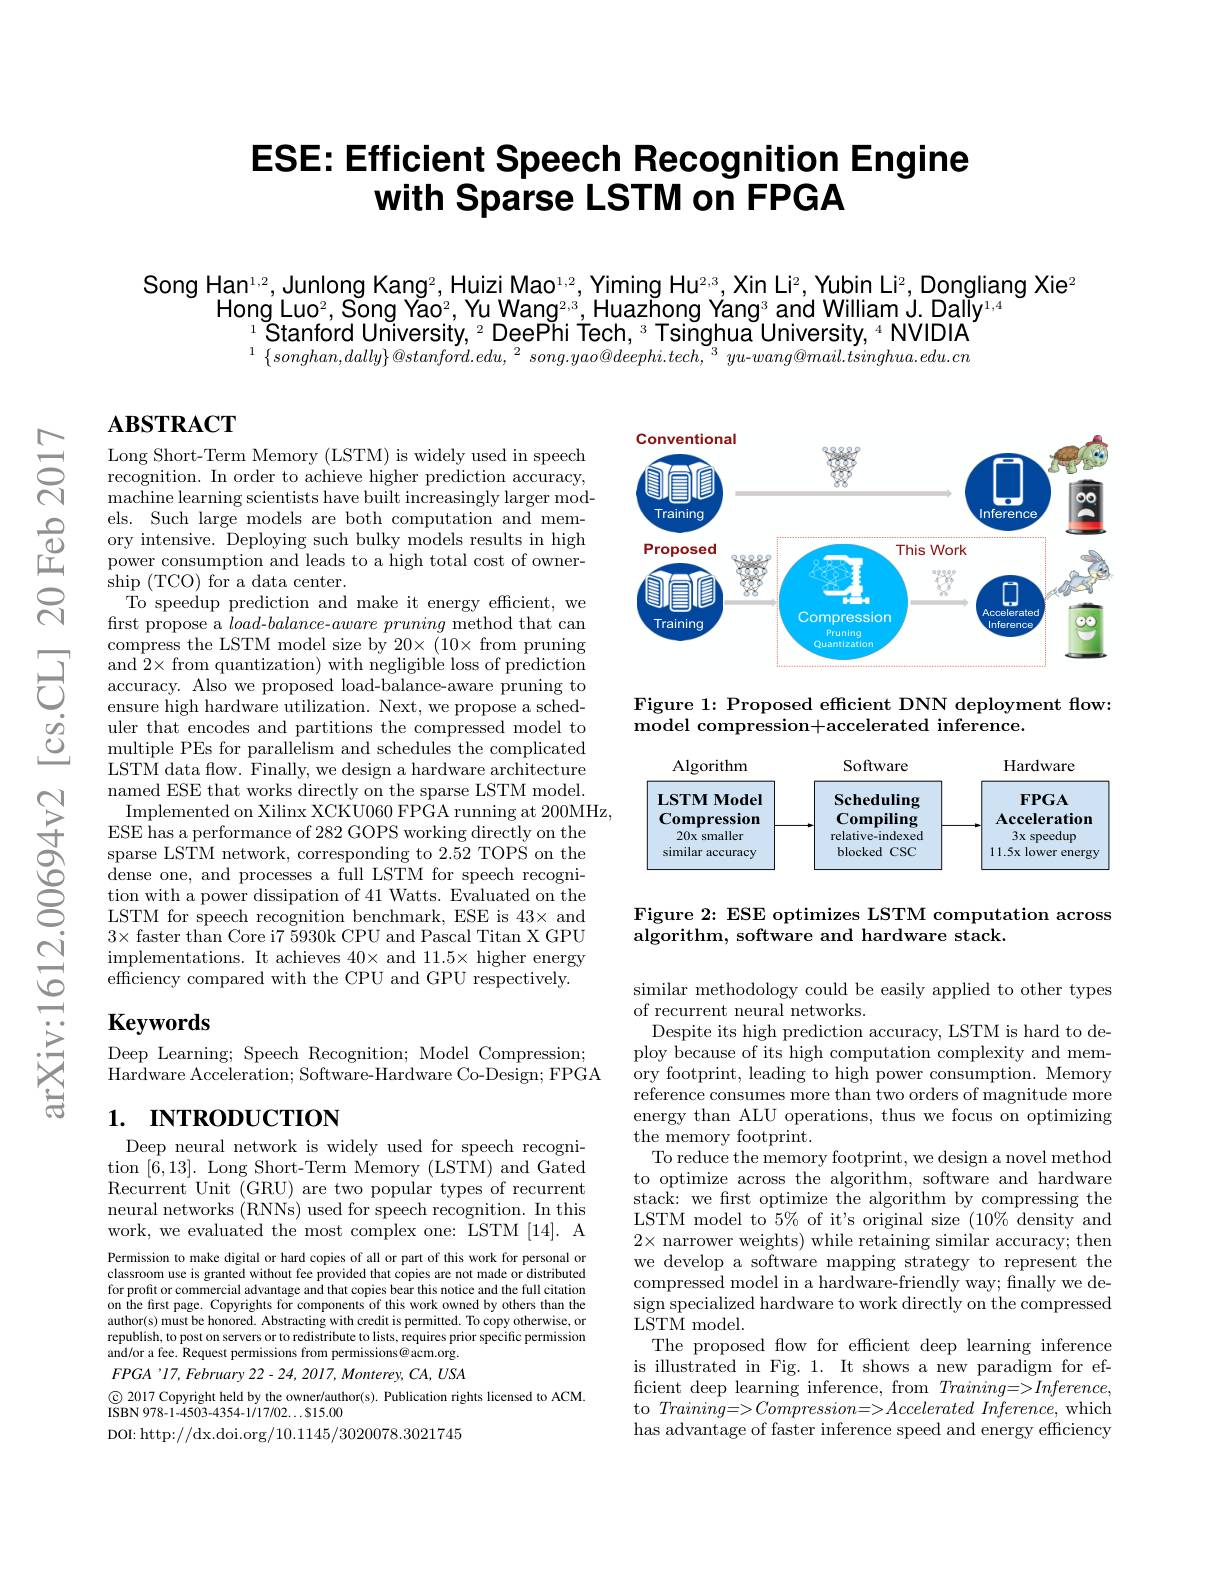
# ESE: Efficient Speech Recognition Engine with Sparse LSTM on FPGA

Song Han$^1,2$,Junlong Kang$^2$,Huizi Mao$^1,2$,Yiming Hu$^{2,3}$,Xin Li$^2$,Yubin Li$^2$, Dongliang Xie$^2$
Hong Lu$o^2$, Song Ya$o^2$, Yu Wan$g^{2, 3}$, Huazhong Yan$g^3$ and William J. Dall$y^{1, 4}$
$^{1}$Stanford University, $^2$ DeePhi Tech, $^3$ Tsinghua University, $^4$ NVIDIA $^{1}\left\{songhan,dally\right\}@stanford.edu,^{2}song.yao@deephi.tech,^{3}yu-wang@mail.tsinghua.edu.cn$

# $\mathbf{ABSTRACT}$

<FigureHere>

Figure 1: Proposed effcient DNN deployment flow:
${\mathrm{model~compression+accelerated~inference.}}$

Long Short-Term Memory (LSTM) is widely used in speech recognition. In order to achieve higher prediction accuracy, machine learning scientists have built increasingly larger models. Such large models are both computation and memory intensive. Deploying such bulky models results in high power consumption and leads to a high total cost of owner- $\operatorname*{ship}($TCO) for a data center.
To speedup prediction and make it energy efficient, we first propose a $load-balance$-$aware\textit{ pruning method that can}$
$\begin{array}{lll}&\text{compress the LSTM model size by 20(10 from pruning}\\&\text{and 2 from quantization) with negligible loss of prediction}\\&\text{accuracy. Also we proposed load-balance-aware pruning to}\\&\text{ensure high hardware utilization. Next, we propose a sched-}\end{array}$
uler that encodes and partitions the compressed model to multiple PEs for parallelism and schedules the complicated $\hat{\text{LSTM data flow. Finally, we design a hardware architecture}}$ named ESE that works directly on the sparse LSTM model. Implemented on Xilinx XCKU060 FPGA running at 200MHz,
ESE has a performance of 282 GOPS working directly on the sparse LSTM network, corresponding to 2.52 TOPS on the dense one, and processes a full LSTM for speech recognition with a power dissipation of 41 Watts. Evaluated on the LSTM for speech recognition benchmark, ESE is 43× and $3\times$faster than Core i75930k CPU and Pascal Titan X GPU implementations. It achieves $40\times$ and 11.5× higher energy efficiency compared with the CPU and GPU respectively.

<FigureHere>

Figure 2: ESE optimizes LSTM computation across
algorithm, software and hardware stack.

# $\mathbf{Keywords}$

Deep Learning; Speech Recognition; Model Compression; Hardware Acceleration; Software- Hardware Co-Design; FPGA

## 1. INTRODUCTION

Deep neural network is widely used for speech recognition $[\bar{6},13].$ Long Short-Term Memory (LSTM) and Gated Recurrent Unit (GRU) are two popular types of recurrent neural networks (RNNs) used for speech recognition. In this work, we evaluated the most complex one: LSTM [14]. A

similar methodology could be easily applied to other types
of recurrent neural networks.
Despite its high prediction accuracy, LSTM is hard to deploy because of its high computation complexity and memory footprint, leading to high power consumption. Memory reference consumes more than two orders of magnitude more energy than ALU operations, thus we focus on optimizing the memory footprint.
To reduce the memory footprint, we design a novel method to optimize across the algorithm, software and hardware stack: we frst optimize the algorithm by compressing the LSTM model to $5\%$ of it's original size $(10\%$ density and $2\times$ narrower weights) while retaining similar accuracy; then we develop a software mapping strategy to represent the compressed model in a hardware-friendly way; finally we design specialized hardware to work directly on the compressed LSTM model.
The proposed flow for efficient deep learning inference is illustrated in Fig. 1. It shows a new paradigm for efficient deep learning inference, from $Training=>Inference$, to $Training=>Compression=>Accelerated$ Inference, which has advantage of faster inference speed and energy efficiency

Permission to make digital or hard copies of all or part of this work for personal or classroom use is granted without fee provided that copies are not made or distributed for profit or commercial advantage and that copies bear this notice and the full citation on the first page. Copyrights for components of this work owned by others than the author(s) must be honored. Abstracting with credit is permitted. To copy otherwise, or republish, to post on servers or to redistribute to lists, requires prior specific permission and/or a fee. Request permissions from permissions@acm.org. $FPGA’17,February22-24,2017,Monterey,CA,USA$

$\textcircled{\mathrm{C}}$ 2017 Copyright held by the owner/author(s). Publication rights licensed to ACM.

ISBN 978-1-4503-4354-1/17/02....815.00

DOI: http://dx.doi.org/10.1145/3020078.3021745